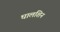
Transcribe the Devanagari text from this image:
घालशिन